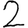
Digit: 2